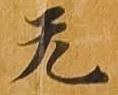
无